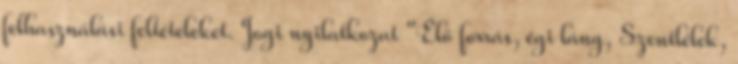
felhasználási feltételeket. Jogi nyilatkozat "Élő forrás, égi láng, Szentlélek,